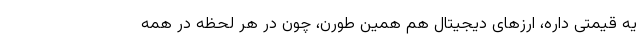
یه قیمتی داره، ارزهای دیجیتال هم همین طورن، چون در هر لحظه در همه